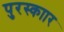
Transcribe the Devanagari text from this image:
पुरस्काार